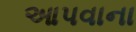
આપવાના